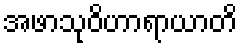
အဖာသုဝိဟာရာယာတိ